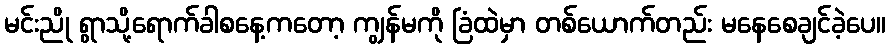
မင်းညို ရွာသို့ရောက်ခါစနေ့ကတော့ ကျွန်မကို ခြံထဲမှာ တစ်ယောက်တည်း မနေစေချင်ခဲ့ပေ။